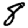
Digit: 8